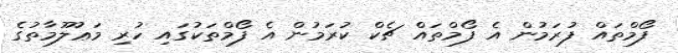
ފޯމްތައް ފުރަމުން އެ ފޯމްތައް ޗެކް ކުރަމުން އެ ފޯމްތަކުގައި ހުރި މަޢުލޫމާތުގެ